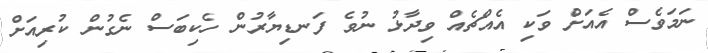
ނަމަވެސް އެއަށް ވަކި އެއްޗެއް ވިދާޅު ނުވެ ފަނޑިޔާރުން ހެކިބަސް ނެގުން ކުރިއަށް